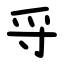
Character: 寽